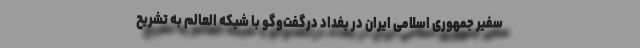
سفیر جمهوری اسلامی ایران در بغداد درگفت‌وگو با شبکه العالم به تشریح